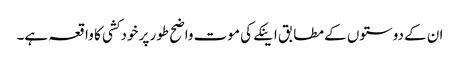
ان کے دوستوں کے مطابق اینکے کی موت واضح طور پر خودکشی کا واقعہ ہے۔